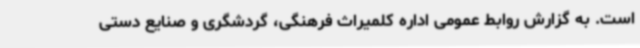
است. به گزارش روابط عمومی اداره کلمیراث فرهنگی، گردشگری و صنایع دستی